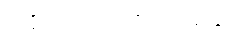
ညပိုင်းတွင် ပညာသင်သည်။